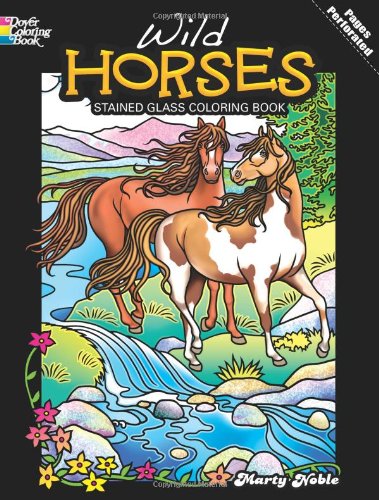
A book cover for Wild Horses Stained Glass Coloring Book (Dover Nature Stained Glass Coloring Book); Marty Noble; Children's Books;